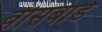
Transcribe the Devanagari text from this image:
वीसबार्ड